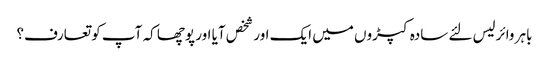
باہر وائرلیس لئے سادہ کپڑوں میں ایک اور شخص آیا اور پوچھا کہ آپ کو تعارف؟